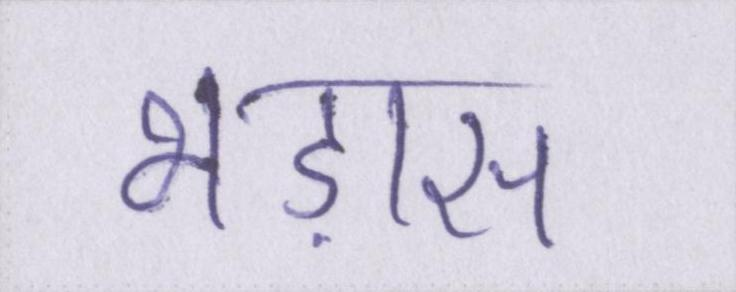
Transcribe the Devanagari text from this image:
भड़ास